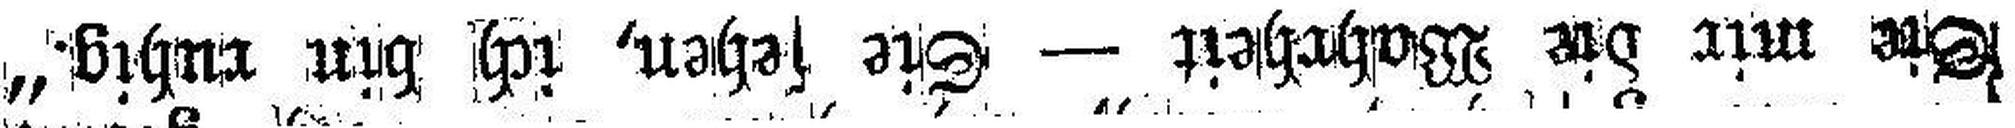
Sie mir die Wahrheit — Sie sehen, ich bin ruhig.“